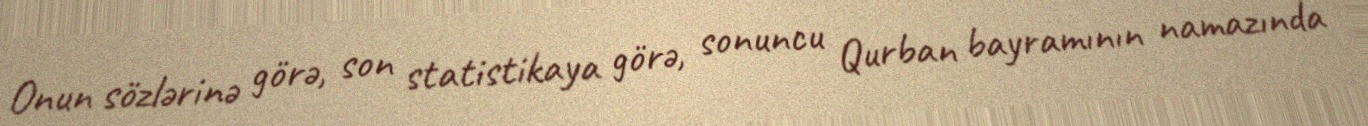
Onun sözlərinə görə, son statistikaya görə, sonuncu Qurban bayramının namazında